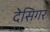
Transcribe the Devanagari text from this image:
देसिगर